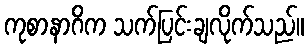
ကုစာနာဂိက သက်ပြင်းချလိုက်သည်။